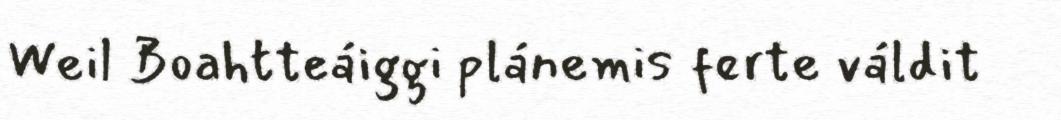
Weil Boahtteáiggi plánemis ferte váldit